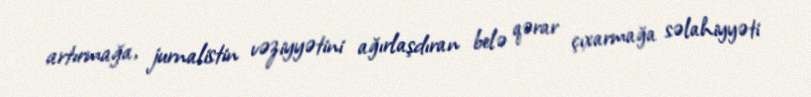
artırmağa, jurnalistin vəziyyətini ağırlaşdıran belə qərar çıxarmağa səlahiyyəti